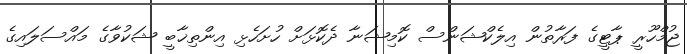
ޖުމްހޫރީ ޕާޓީގެ ފަރާތުން އިލެކްޝަންސް ކޮމިޝަނާ ދެކޮޅަށް ހުށަހެޅި އިންތިޚާބީ ޝަކުވާގެ މައްސަލައިގެ